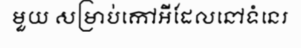
មួយ សម្រាប់កៅអីដែលនៅទំនេរ